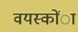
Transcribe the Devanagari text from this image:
वयस्कोंा